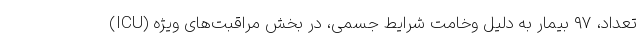
تعداد، ۹۷ بیمار به دلیل وخامت شرایط جسمی، در بخش مراقبت‌های ویژه (ICU)